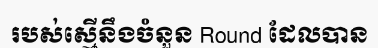
របស់ស្មើនឹងចំនួន Round ដែលបាន